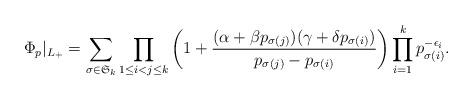
LaTeX: \begin{align*}\Phi_{p}|_{L_{+}}=\sum_{\sigma \in \mathfrak{S}_{k}}\prod_{1\le i<j \le k}\left(1+\frac{(\alpha+\beta p_{\sigma(j)})(\gamma+\delta p_{\sigma(i)})}{p_{\sigma(j)}-p_{\sigma(i)}}\right)\prod_{i=1}^{k}p_{\sigma(i)}^{-\epsilon_{i}}. \end{align*}